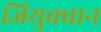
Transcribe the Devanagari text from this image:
जियुक्वान